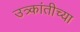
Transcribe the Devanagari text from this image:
उत्र्कांतीच्या